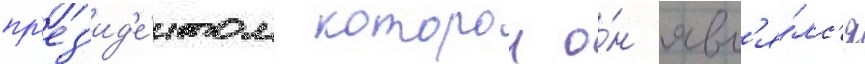
пр'ез'ид'е́нтом которои о́н явл'я́лс'я